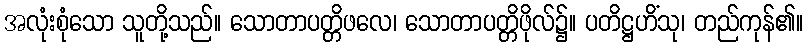
အလုံးစုံသော သူတို့သည်။ သောတာပတ္တိဖလေ၊ သောတာပတ္တိဖိုလ်၌။ ပတိဋ္ဌဟိံသု၊ တည်ကုန်၏။